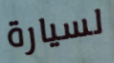
لسيارة